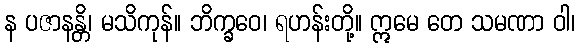
န ပဇာနန္တိ၊ မသိကုန်။ ဘိက္ခဝေ၊ ရဟန်းတို့။ ဣမေ တေ သမဏာ ဝါ၊